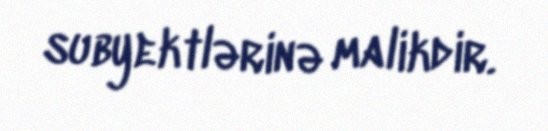
subyektlərinə malikdir.